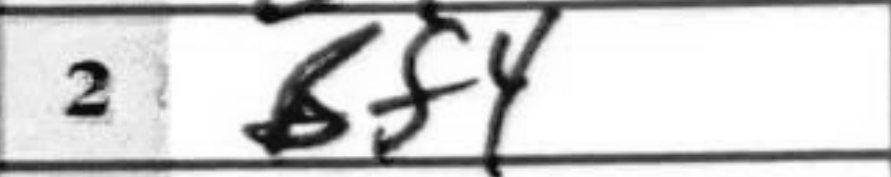
Transcription: Bf4